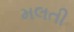
મલતી